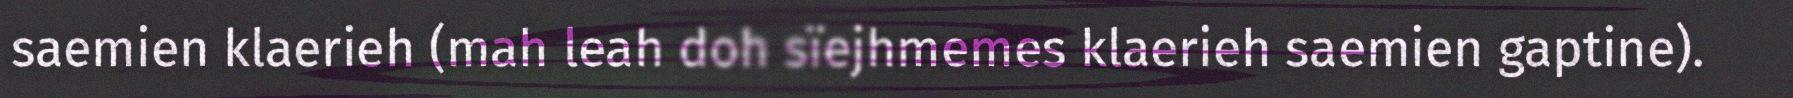
saemien klaerieh (mah leah doh sïejhmemes klaerieh saemien gaptine).